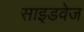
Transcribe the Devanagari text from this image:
साइडवेज